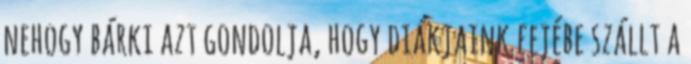
nehogy bárki azt gondolja, hogy diákjaink fejébe szállt a